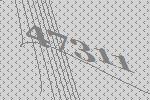
47311